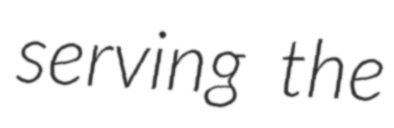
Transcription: serving the